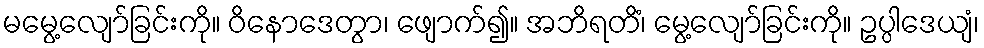
မမွေ့လျော်ခြင်းကို။ ဝိနောဒေတွာ၊ ဖျောက်၍။ အဘိရတိံ၊ မွေ့လျော်ခြင်းကို။ ဥပ္ပါဒေယျံ၊